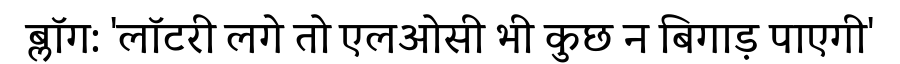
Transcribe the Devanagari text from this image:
ब्लॉग: 'लॉटरी लगे तो एलओसी भी कुछ न बिगाड़ पाएगी'